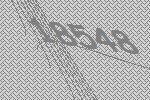
18548